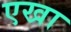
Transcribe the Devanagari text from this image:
एखा